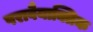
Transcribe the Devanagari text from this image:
परावैयाक्तिक